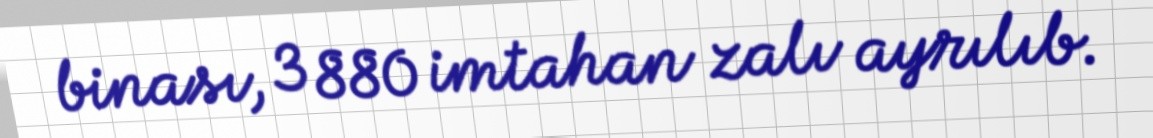
binası, 3 880 imtahan zalı ayrılıb.